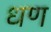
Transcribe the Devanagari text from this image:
धण